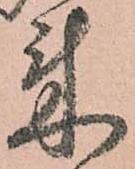
来